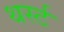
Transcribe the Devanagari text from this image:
थर्स्ट